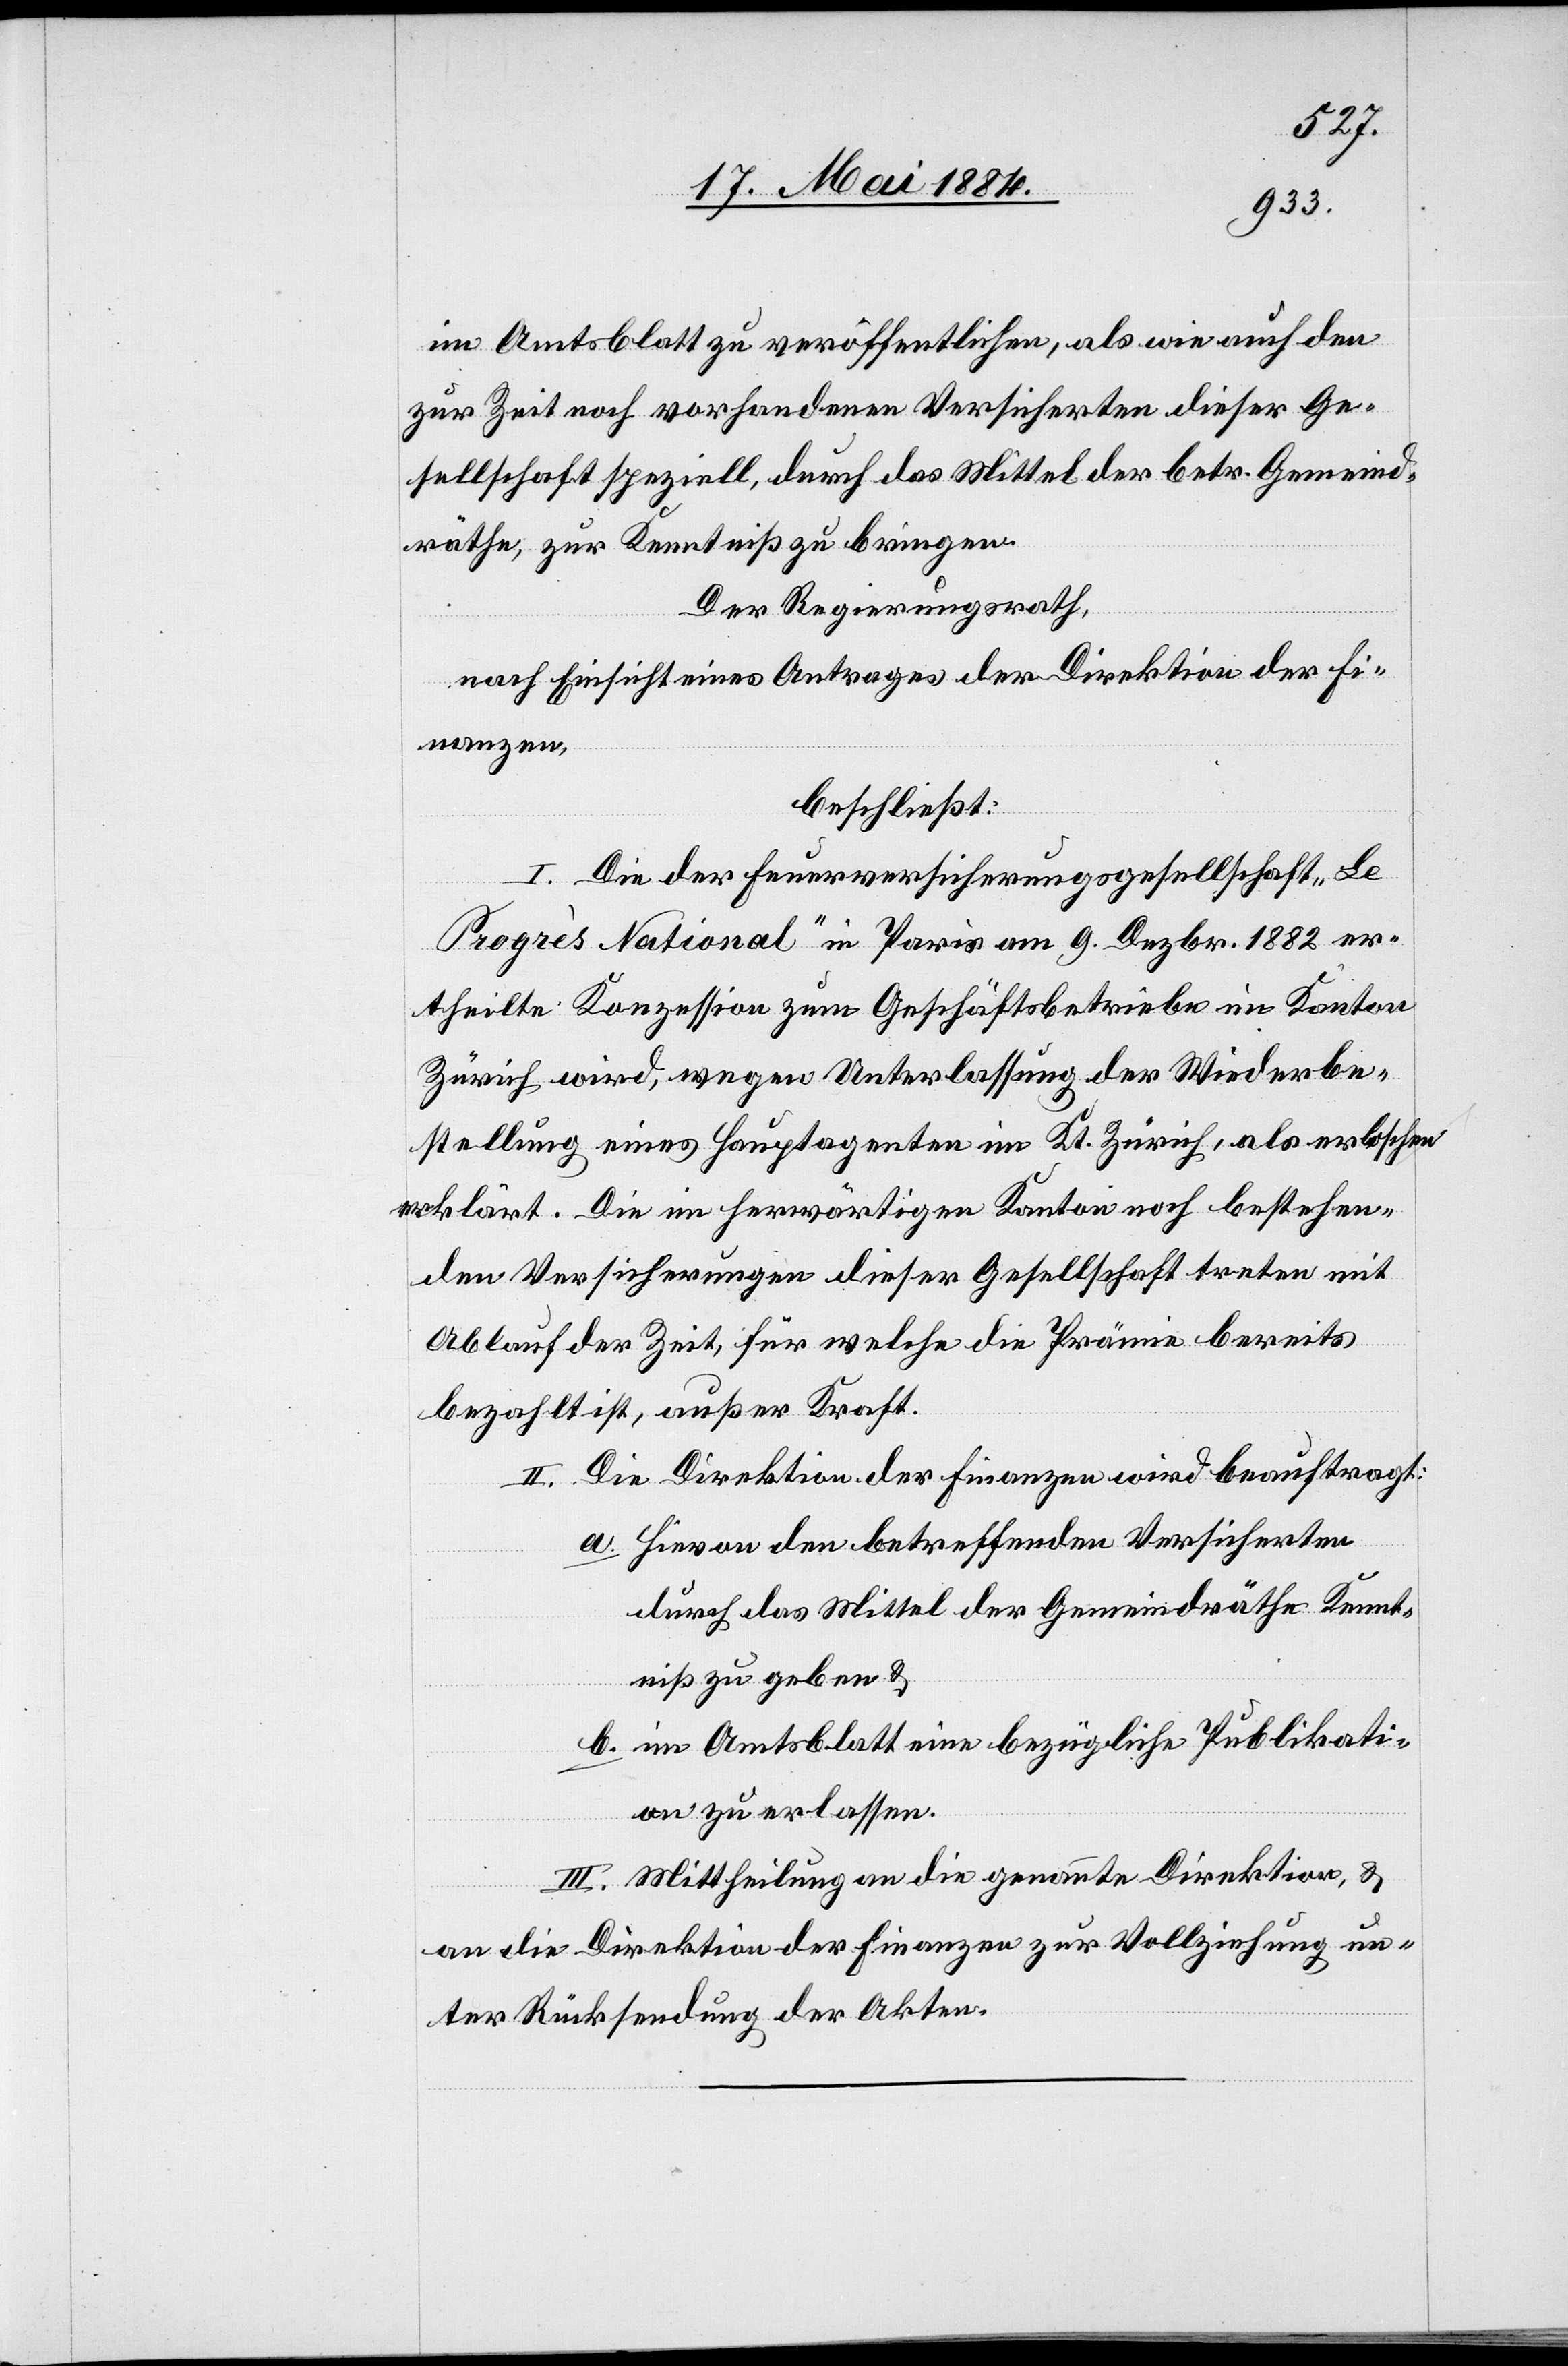
im Amtsblatt zu veröffentlichen, als wie auch den
zur Zeit noch vorhandenen Versicherten dieser Ge¬
sellschaft speziell, durch das Mittel der betr. Gemeind¬
räthe, zur Kenntniß zur bringen.
Der Regierungsrath,
nach Einsicht eines Antrages der Direktion der Fi¬
nanzen,
beschließt:
I. Die der Feuerversicherungsgesellschaft „Le
Progrès National“ in Paris am 9. Dezbr. 1882 er¬
theilte Konzession zum Geschäftsbetriebe im Kanton
Zürich wird, wegen Unterlassung der Wiederbe¬
stellung eines Hauptagenten im Kt. Zürich, als erloschen
erklärt. Die im herwärtigen Kanton noch bestehen¬
den Versicherungen dieser Gesellschaft treten mit
Ablauf der Zeit, für welche die Prämie bereits
bezahlt ist, außer Kraft.
II. Die Direktion der Finanzen wird beauftragt:
a. Hievon den betreffenden Versicherten
durch das Mittel der Gemeindräthe Kennt¬
niß zu geben &
b. im Amtsblatt eine bezügliche Publikati¬
on zu erlassen.
III. Mittheilung an die genannte Direktion, &
an die Direktion der Finanzen zur Vollziehung un¬
ter Rücksendung der Akten.